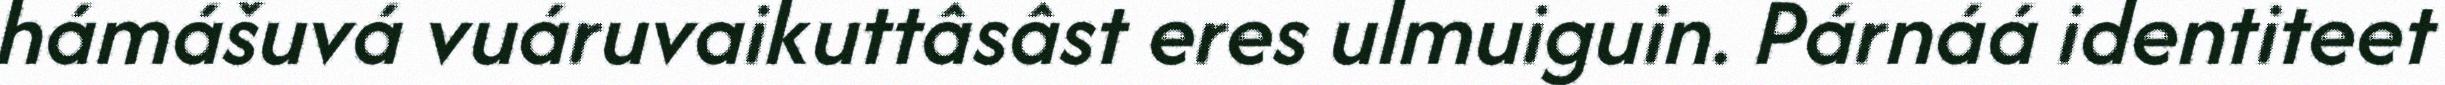
hámášuvá vuáruvaikuttâsâst eres ulmuiguin. Párnáá identiteet